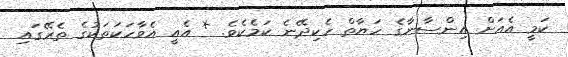
ކަމީ އެއަށް އިންސާނާގެ ހަޔާތް ހެކިދޭނެ ކަމެކެވެ. * އެއީ އެވާހަކަތަކުގެ ތެރޭގައި